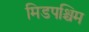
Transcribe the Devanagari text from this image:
मिडपश्चिम